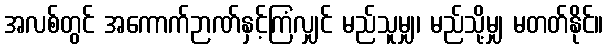
အလစ်တွင် အကောက်ဉာဏ်နှင့်ကြံလျှင် မည်သူမျှ၊ မည်သို့မျှ မတတ်နိုင်။